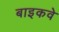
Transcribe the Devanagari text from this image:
बाइकवे